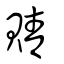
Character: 䝼